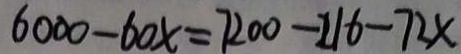
6 0 0 0 - 6 0 x = 7 2 0 0 - 2 1 6 - 7 2 x